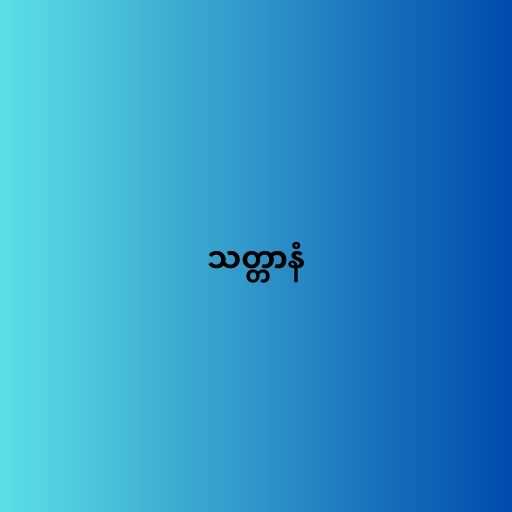
သတ္တာနံ